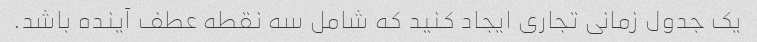
یک جدول زمانی تجاری ایجاد کنید که شامل سه نقطه عطف آینده باشد.